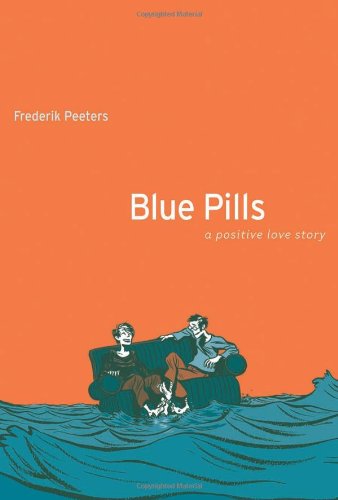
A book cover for Blue Pills: A Positive Love Story; Frederik Peeters; Comics & Graphic Novels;